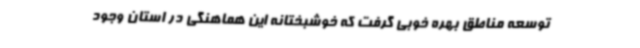
توسعه مناطق بهره خوبی گرفت که خوشبختانه این هماهنگی در استان وجود